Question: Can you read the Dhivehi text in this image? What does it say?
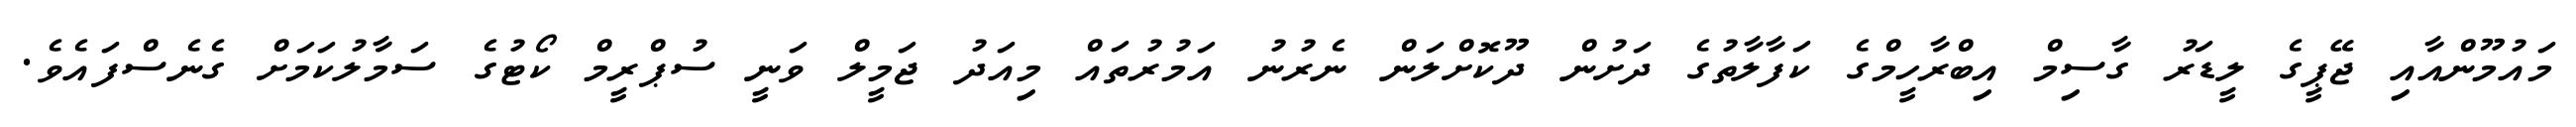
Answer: މައުމޫންއާއި ޖޭޕީގެ ލީޑަރު ގާސިމް އިބްރާހީމްގެ ކަފާލާތުގެ ދަށުން ދޫކޮށްލަން ނެރުނު އަމުރުތައް މިއަދު ޖަމީލް ވަނީ ސުޕްރީމް ކޯޓުގެ ސަމާލުކަމަށް ގެނެސްފައެވެ.